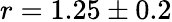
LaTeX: r=1.25\pm 0.2